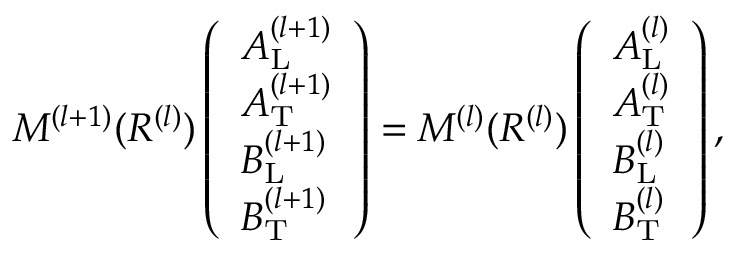
\begin{array} { r } { M ^ { ( l + 1 ) } ( R ^ { ( l ) } ) \left( \begin{array} { l } { A _ { \mathrm { L } } ^ { ( l + 1 ) } } \\ { A _ { \mathrm { T } } ^ { ( l + 1 ) } } \\ { B _ { \mathrm { L } } ^ { ( l + 1 ) } } \\ { B _ { \mathrm { T } } ^ { ( l + 1 ) } } \end{array} \right) = M ^ { ( l ) } ( R ^ { ( l ) } ) \left( \begin{array} { l } { A _ { \mathrm { L } } ^ { ( l ) } } \\ { A _ { \mathrm { T } } ^ { ( l ) } } \\ { B _ { \mathrm { L } } ^ { ( l ) } } \\ { B _ { \mathrm { T } } ^ { ( l ) } } \end{array} \right) , } \end{array}